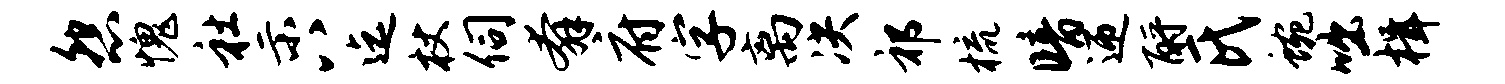
怨愧社示八迄杖伺奔府字离决祁梳暗迎酹氏蜿咄楫